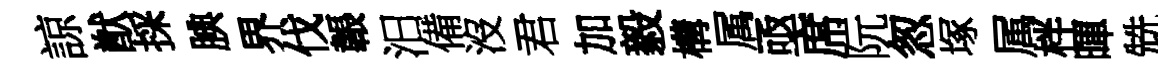
諒猷採腆界伐韔汨備沒君加毅構属亟席阮怱塚属柈暉兟